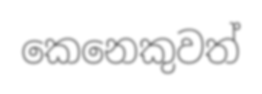
කෙනෙකුවත්